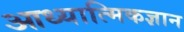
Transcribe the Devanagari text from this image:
आध्यात्मिकज्ञान